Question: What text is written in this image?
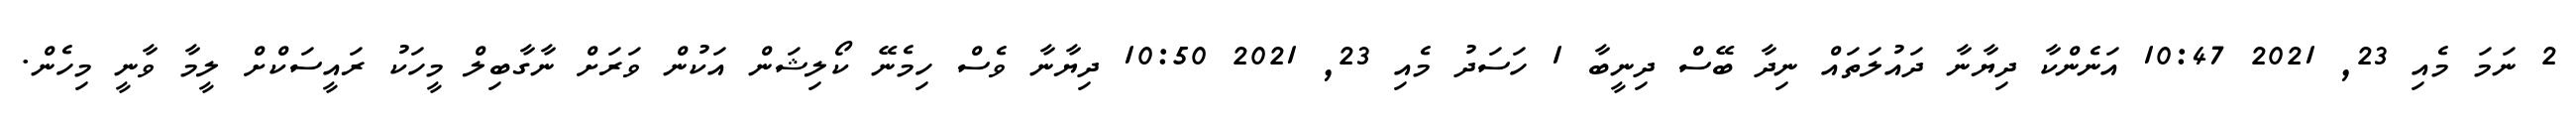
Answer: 2 ނަމަ މެއި 23, 2021 10:47 އަނެންކާ ދިޔާނާ ދައުލަތައް ނިދާ ބޭސް ދިނީބާ 1 ހަސަދު މެއި 23, 2021 10:50 ދިޔާނާ ވެސް ހިމެނޭ ކޯލިޝަން އަކުން ވަރަށް ނާގާބިލް މީހަކު ރައީސަކްށް ލީމާ ވާނީ މިހެން.